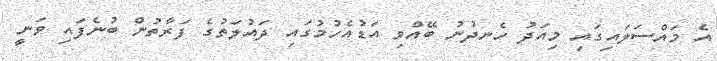
އެ މައްސަލައިގައި މިއަދު ހެނދުނު ބޭއްވި އަޑުއެހުމުގައި ދައުލަތުގެ ފަރާތުން ބުނެފައި ވަނީ